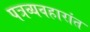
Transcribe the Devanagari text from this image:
पत्रव्यवहारांत